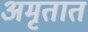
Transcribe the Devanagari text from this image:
अमृतात